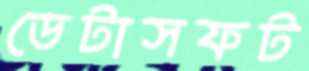
ডেটাসফট